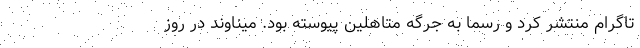
تاگرام منتشر کرد و رسما به جرگه متاهلین پیوسته بود. میناوند در روز